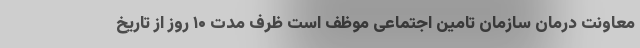
معاونت درمان سازمان تامین اجتماعی موظف است ظرف مدت ۱۰ روز از تاریخ